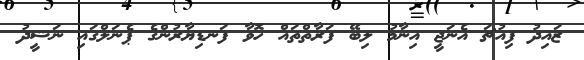
ޒައިދު ފިއުޗަ އެނަޖީ އިނާމު ލިބޭ ފަރާތްތައް ހޮވާ ފަނޑިޔާރުންގެ ޕެނަލްގައި ނަޝީދު